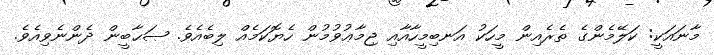
މާނައަކީ: ކަލޭމެންގެ ތެރެއިން މީހަކު އަނބިމީހާއާއި ޖިމާޢުވުމުން ހެޔޮކަމެއް ލިބެއެވެ. ޞަޙާބީން ދެންނެވިއެވެ.